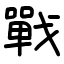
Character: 戰